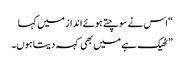
“اس نے سوچتے ہوئے انداز میں کہا
” ٹھیک ہے میں بھی کہہ دیتا ہوں۔